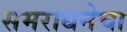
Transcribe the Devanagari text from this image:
समराधनेचा